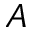
A